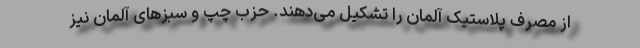
از مصرف پلاستیک آلمان را تشکیل می‌دهند. حزب چپ و سبزهای آلمان نیز